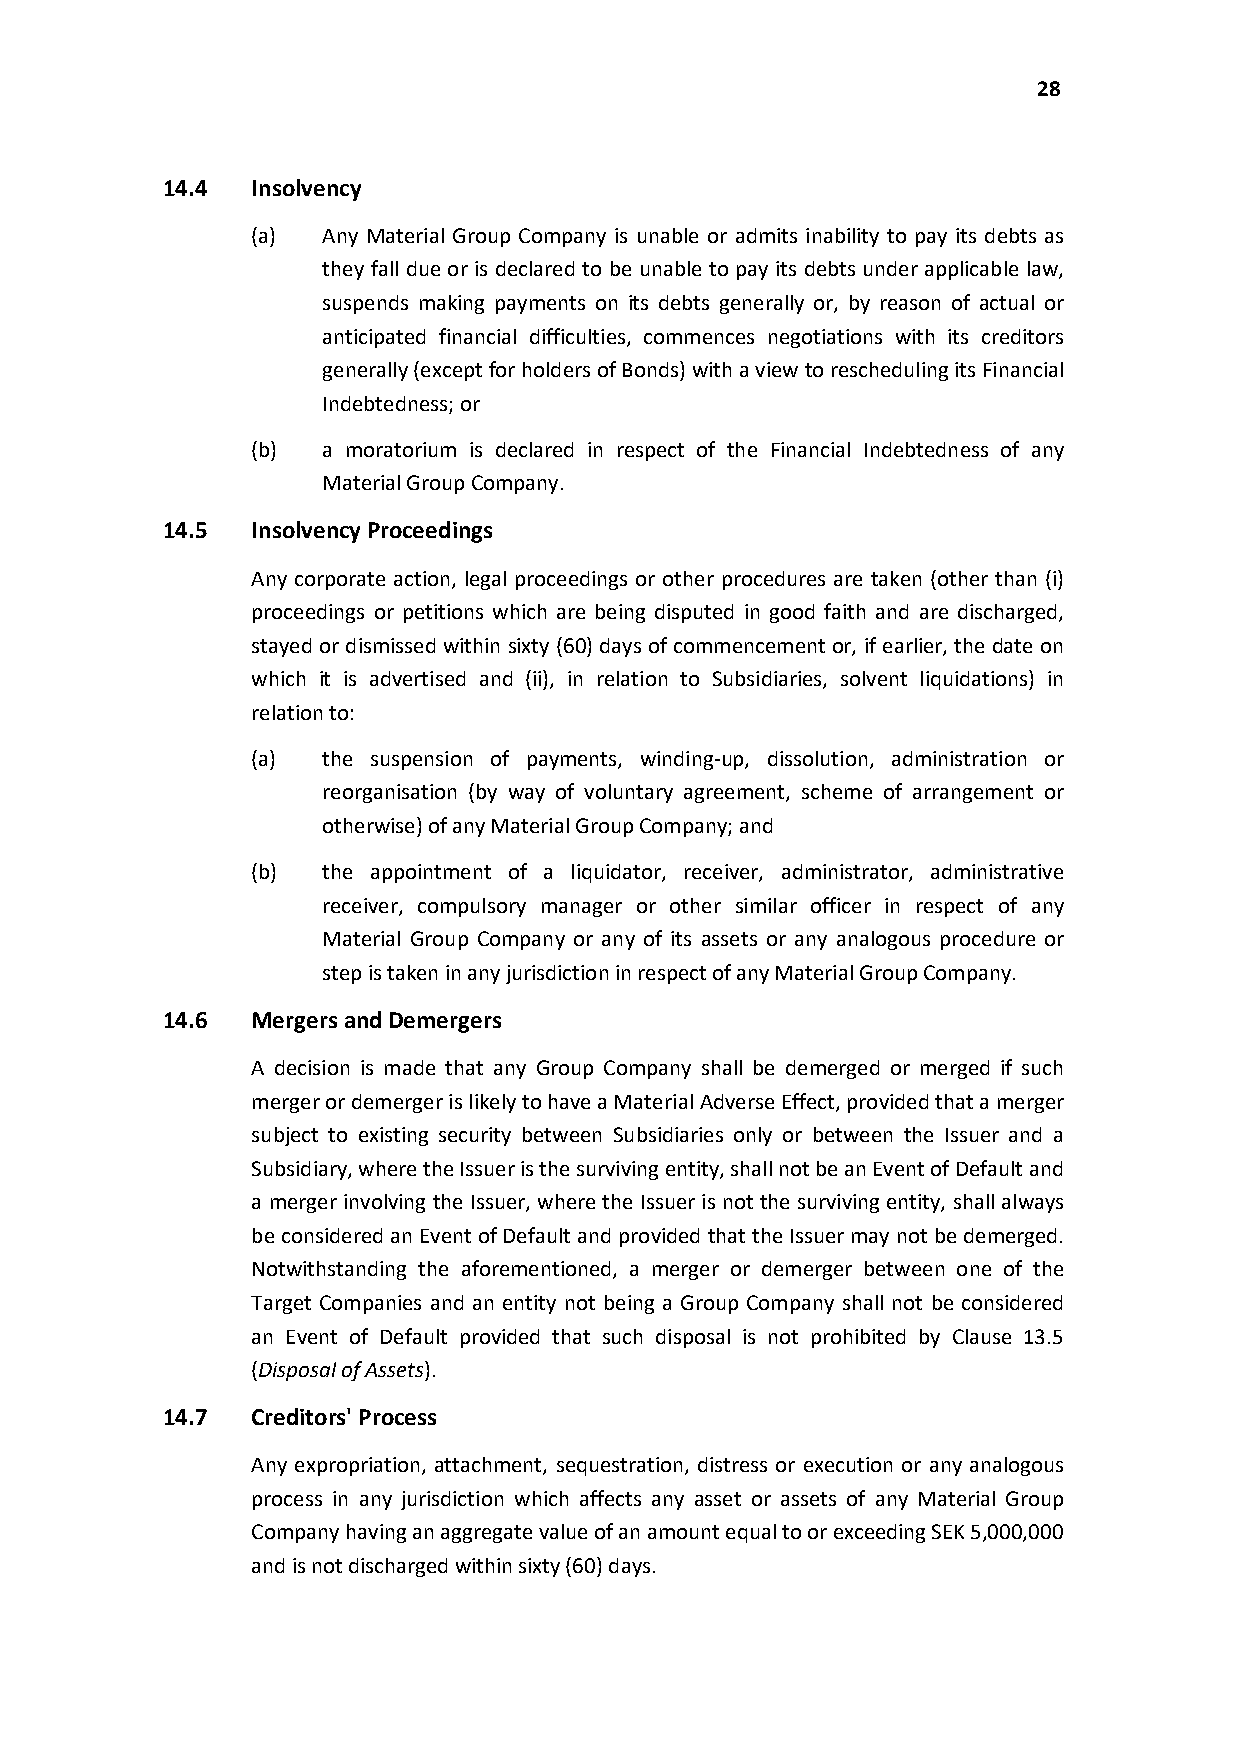
28
 14.4  Insolvency
 (a) Any Material Group Company is unable or admits inability to pay its debts as
 they fall due or is declared to be unable to pay its debts under applicable law,
 suspends making payments on its debts generally or, by reason of actual or
 anticipated financial difficulties, commences negotiations with its creditors
 generally (except for holders of Bonds) with a view to reschedulingits Financial
 Indebtedness; or
 (b) a moratorium is declared in respect of the Financial Indebtedness of any
 Material Group Company.
 14.5  Insolvency Proceedings
 Any corporate action, legal proceedings or other procedures are taken (other than (i)
 proceedings or petitions which are being disputed in good faith and are discharged,
 stayed or dismissed within sixty (60) days of commencement or, if earlier, the date on
 which it is advertised and (ii), in relation to Subsidiaries, solvent liquidations) in
 relation to:
 (a) the suspension of payments, winding-up, dissolution, administration or
 reorganisation (by way of voluntary agreement, scheme of arrangement or
 otherwise) of any Material Group Company; and
 (b) the appointment of a liquidator, receiver, administrator, administrative
 receiver, compulsory manager or other similar officer in respect of any
 Material Group Company or any of its assets or any analogous procedure or
 step is taken in any jurisdiction in respect of any Material Group Company.
 14.6  Mergers and Demergers
 A decision is made that any Group Company shall be demerged or merged if such
 merger or demerger is likely to have a Material Adverse Effect, provided that a merger
 subject to existing security between Subsidiaries only or between the Issuer and a
 Subsidiary, where the Issuer is the surviving entity, shall not be an Event of Default and
 a merger involving the Issuer, where the Issuer is not the surviving entity, shall always
 be considered an Event of Default and provided that the Issuer may not be demerged.
 Notwithstanding the aforementioned, a merger or demerger between one of the
 Target Companies and an entity not being a Group Company shall not be considered
 an Event of Default provided that such disposal is not prohibited by Clause 13.5
 (Disposal of Assets).
 14.7  Creditors' Process
 Any expropriation, attachment, sequestration, distress or execution or any analogous
 process in any jurisdiction which affects any asset or assets of any Material Group
 Company having an aggregate value of an amount equal to or exceeding SEK 5,000,000
 and is not discharged within sixty (60) days.